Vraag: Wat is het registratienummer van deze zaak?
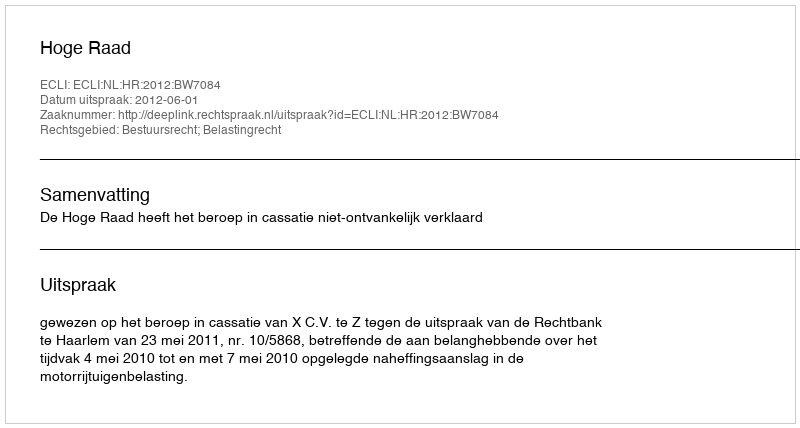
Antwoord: http://deeplink.rechtspraak.nl/uitspraak?id=ECLI:NL:HR:2012:BW7084